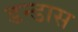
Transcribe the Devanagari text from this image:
डन्डास